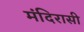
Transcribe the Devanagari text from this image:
मंदिरासी